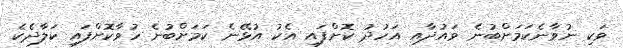
ވަކި ނުވާނެކަމަށްބުނެ ވައުދާއި އަހުދު ކޮށްފައި އެކު އުޅޭނެ ކަމަށްބުނެ ހުވާކޮށްފައި ކަލާދެކެ